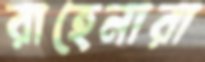
রাহেনারা